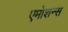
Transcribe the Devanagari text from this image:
एमोशन्स